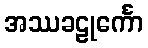
အဿခဠုင်္ကော